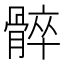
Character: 𩩠